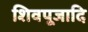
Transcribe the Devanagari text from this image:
शिवपूजादि